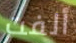
ألفت